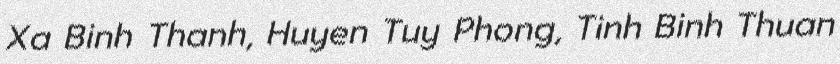
Xa Binh Thanh, Huyen Tuy Phong, Tinh Binh Thuan